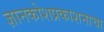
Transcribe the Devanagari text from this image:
ज्ञानकोशप्रकाशनाचा